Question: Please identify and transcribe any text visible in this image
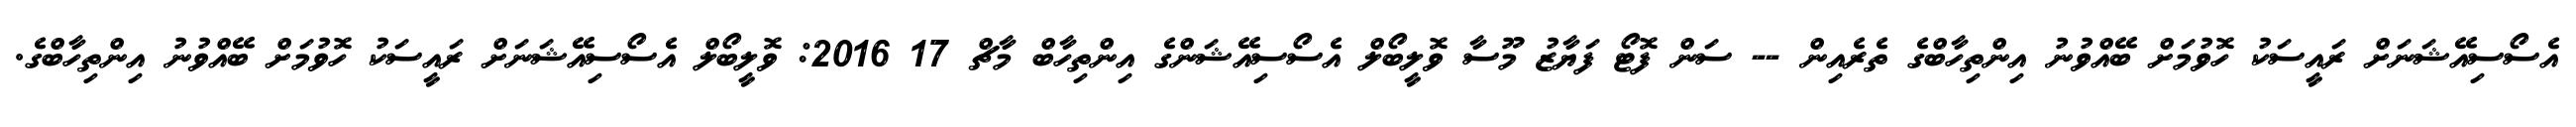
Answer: އެސޯސިއޭޝަނަށް ރައީސަކު ހޮވުމަށް ބޭއްވުނު އިންތިހާބްގެ ތެރެއިން -- ސަން ފޮޓޯ ފަޔާޒު މޫސާ ވޮލީބޯލް އެސޯސިއޭޝަންގެ އިންތިހާބް މާޗް 17 2016: ވޮލީބޯލް އެސޯސިއޭޝަނަށް ރައީސަކު ހޮވުމަށް ބޭއްވުނު އިންތިހާބްގެ.